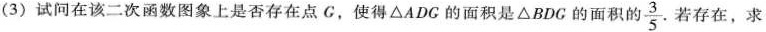
(3)试问在该二次函数图象上是否存在点G，使得△ADG的面积是△BDG的面积的\frac{3}{5}.若存在，求